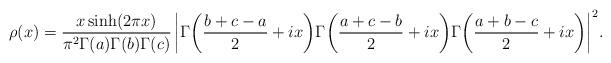
LaTeX: \begin{align*}\rho(x)=\frac{x\sinh(2\pi x)}{\pi^{2}\Gamma(a)\Gamma(b)\Gamma(c)}\left|\Gamma\!\left(\frac{b+c-a}{2}+ix\right)\!\Gamma\!\left(\frac{a+c-b}{2}+ix\right)\!\Gamma\!\left(\frac{a+b-c}{2}+ix\right)\right|^{2}\!.\end{align*}